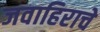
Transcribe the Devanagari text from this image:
जवाहिराचे